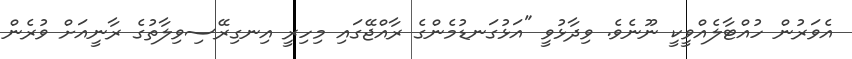
އެވަރުން ހުއްޓާލެއްވީކީ ނޫނެވެ. ވިދާޅުވީ "އަޅުގަނޑުމެންގެ ރާއްޖޭގައި މިހިރީ އިނގިރޭސިވިލާތުގެ ރާނީއަށް ވުރެން